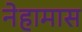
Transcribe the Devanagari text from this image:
नेहामास